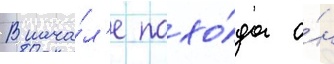
В нача́л'е похо́да о́н